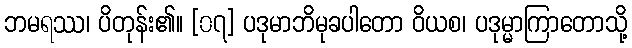
ဘမရဿ၊ ပိတုန်း၏။ [၀၇] ပဒုမာဘိမုခပါတော ဝိယစ၊ ပဒုမ္မာကြာတောသို့